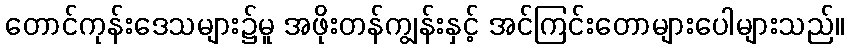
တောင်ကုန်းဒေသများ၌မူ အဖိုးတန်ကျွန်းနှင့် အင်ကြင်းတောများပေါများသည်။